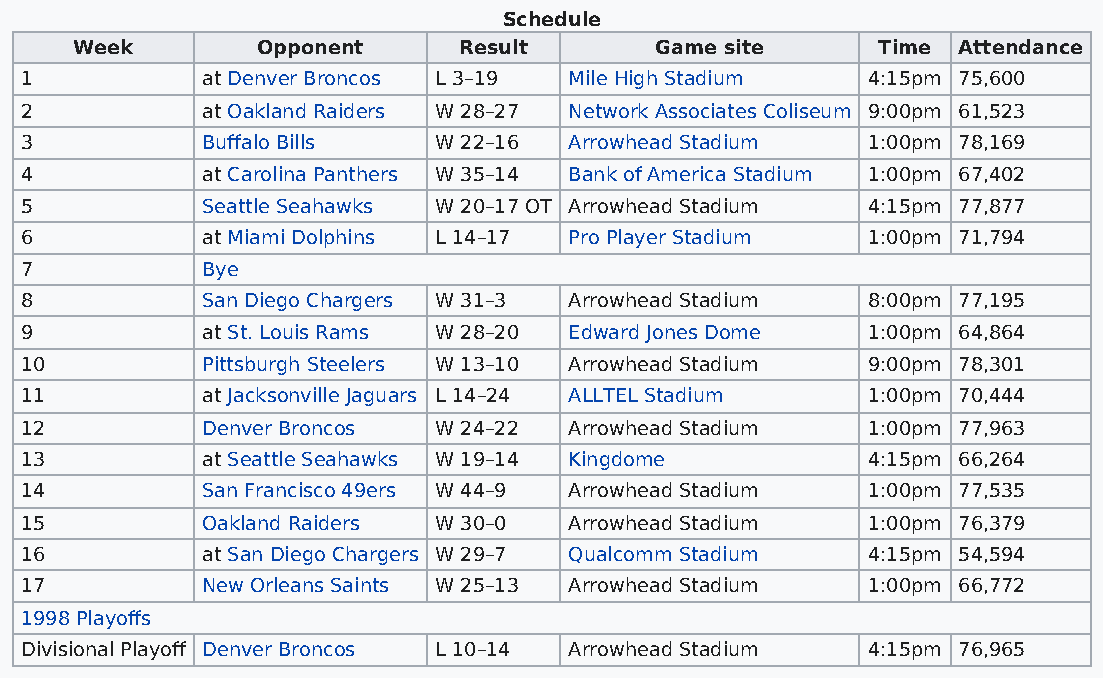
Schedule
 Week        Opponent     Result       Game site      Time Attendance
 1           at Denver Broncos L 3–19 Mile High Stadium  4:15pm 75,600
 2           at Oakland Raiders W 28–27 Network Associates Coliseum 9:00pm 61,523
 3           Buffalo Bills   W 22–16  Arrowhead Stadium  1:00pm 78,169
 4           at Carolina Panthers W 35–14 Bank of America Stadium 1:00pm 67,402
 5           Seattle Seahawks W 20–17 OT Arrowhead Stadium 4:15pm 77,877
 6           at Miami Dolphins L 14–17 Pro Player Stadium 1:00pm 71,794
 7           Bye
 8           San Diego Chargers W 31–3 Arrowhead Stadium 8:00pm 77,195
 9           at St. Louis Rams W 28–20 Edward Jones Dome 1:00pm 64,864
 10          Pittsburgh Steelers W 13–10 Arrowhead Stadium 9:00pm 78,301
 11          at Jacksonville Jaguars L 14–24 ALLTEL Stadium 1:00pm 70,444
 12          Denver Broncos  W 24–22  Arrowhead Stadium  1:00pm 77,963
 13          at Seattle Seahawks W 19–14 Kingdome        4:15pm 66,264
 14          San Francisco 49ers W 44–9 Arrowhead Stadium 1:00pm 77,535
 15          Oakland Raiders W 30–0   Arrowhead Stadium  1:00pm 76,379
 16          at San Diego Chargers W 29–7 Qualcomm Stadium 4:15pm 54,594
 17          New Orleans Saints W 25–13 Arrowhead Stadium 1:00pm 66,772
 1998 Playoffs
 Divisional Playoff Denver Broncos L 10–14 Arrowhead Stadium 4:15pm 76,965